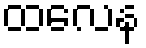
ထလေန